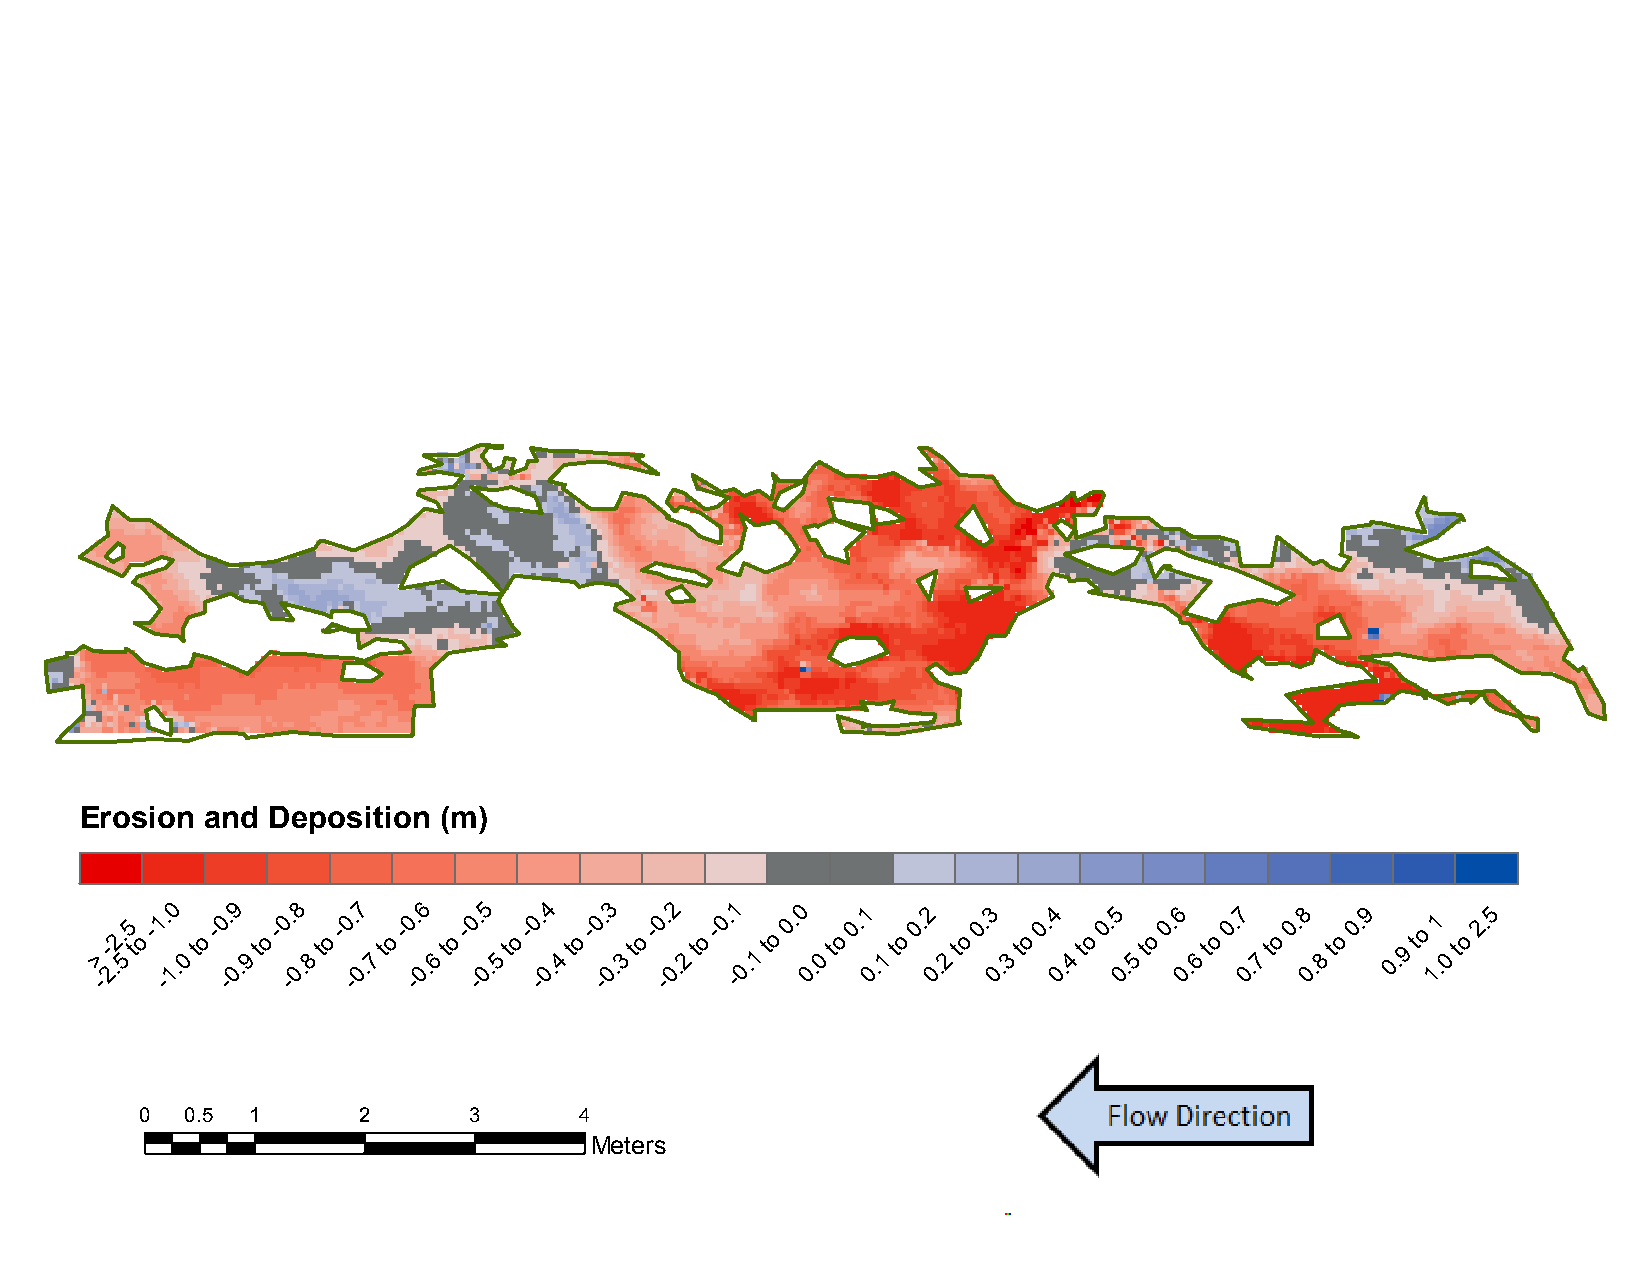
B12:     November          2012     to   November          2014
 Erosion  and Deposition (m)
 >
 -
 -
 2.2.
 5
 5
 t
 o
 -1 -. 10
 .0
 to
 -0 -. 09
 .9
 to
 -0 -. 08
 .8
 to
 -0 -. 07
 .7
 to
 -0 -. 06
 .6
 to
 -0 -. 05
 .5
 to
 -0 -. 04
 .4
 to
 -0 -. 03
 .3
 to
 -0 -. 02
 .2
 to
 -0. -1
 0.1
 to
 0. 0
 0.
 0
 to
 0.1
 0
 .1
 to
 0.2
 0
 .2
 to
 0.3
 0
 .3
 to
 0.4
 0
 .4
 to
 0.5
 0.
 5
 to
 0.6
 0.
 6
 to
 0.7
 0.
 7
 to
 0.8
 0.
 8
 to
 0.9
 0. 9
 to
 11
 .0
 to
 2.5
 0  0.5 1       2      3      4
 Meters